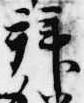
拝